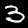
Digit: 3